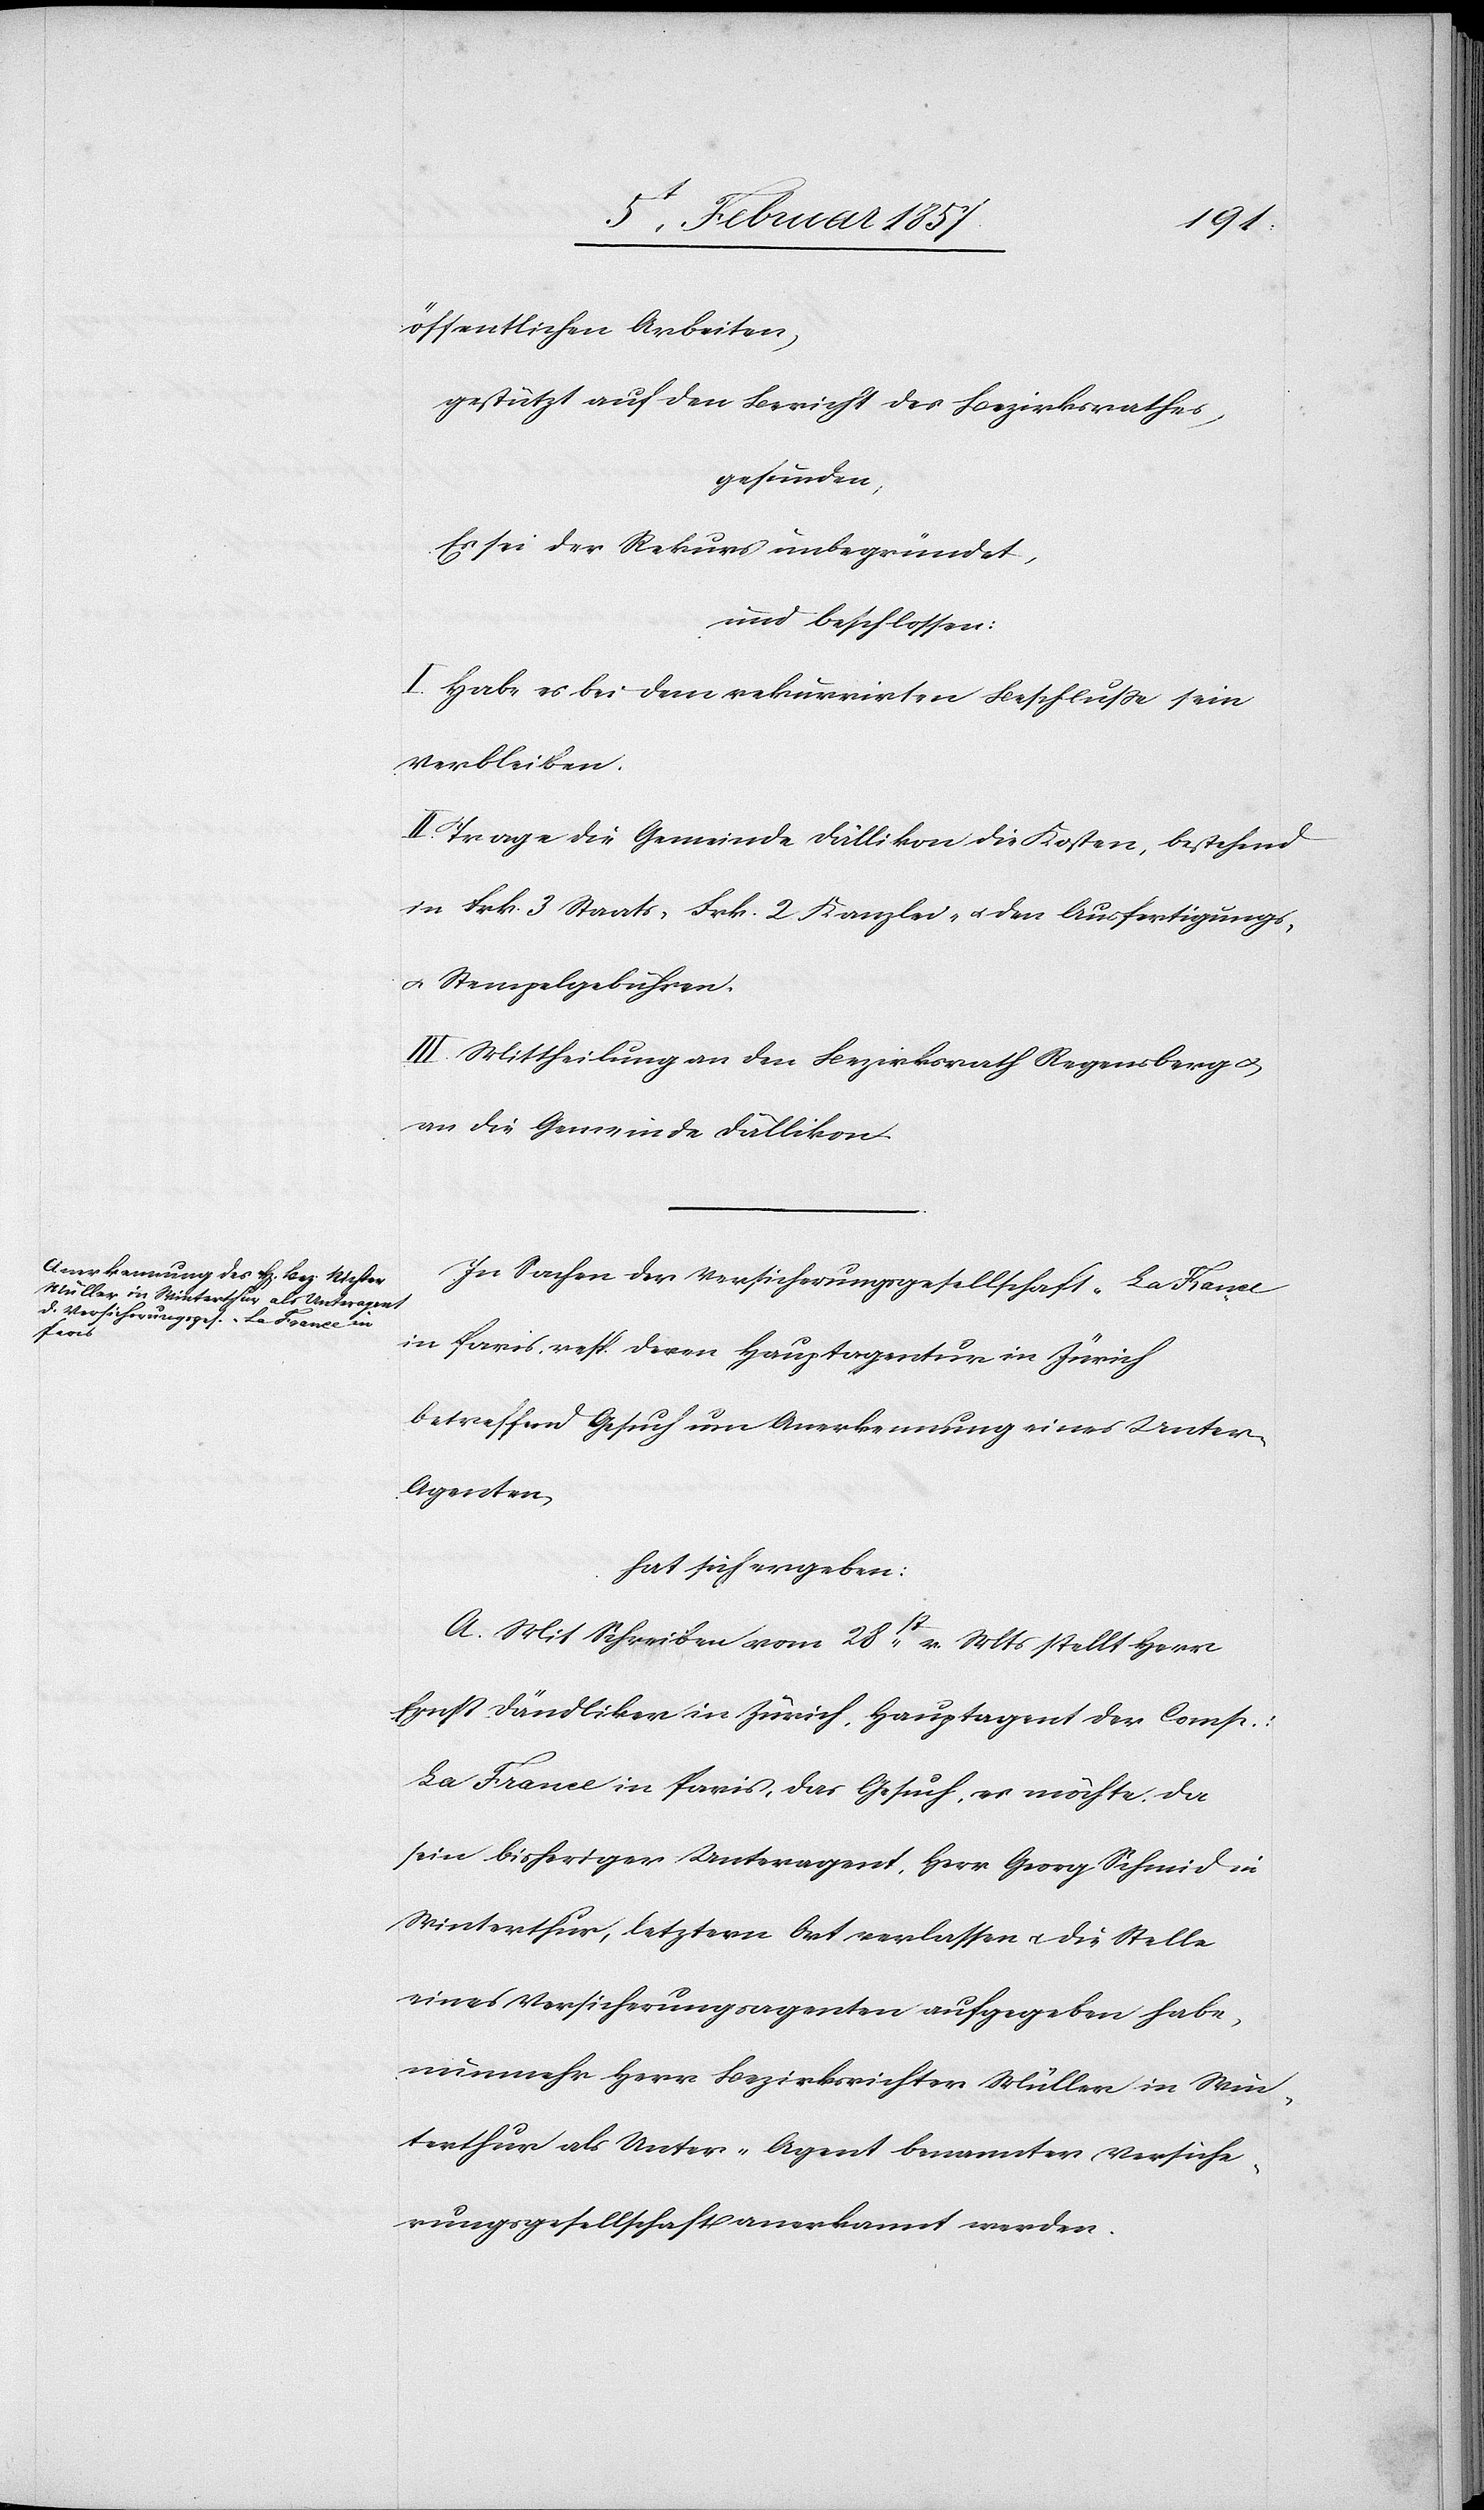
öffentlichen Arbeiten,
gestützt auf den Bericht des Bezirksrathes,
gefunden:
Es sei der Rekurs unbegründet,
und beschlossen:
I. Habe es bei dem rekurrirten Beschluße sein
Verbleiben.
II. Trage die Gemeinde Dällikon die Kosten, bestehend
in Frk. 3 Staats- Frk. 2 Kanzlei- u. den Ausfertigungs-
u. Stempelgebühren.
III. Mittheilung an den Bezirksrath Regensberg &
an die Gemeinde Dällikon.
In Sachen der Versicherungsgesellschaft „Le France“
in Paris, resp. deren Hauptagentur in Zürich
betreffend Gesuch um Anerkennung eines Unter-A¬
genten
hat sich ergeben:
A. Mit Schreiben vom 28st v. Mts stellt Herr
Ernst Dändliker in Zürich, Hauptagent der Comp.:
La France in Paris, das Gesuch, es möchte, da
sein bisheriger Unteragent, Herr Georg Schmid in
Winterthur, letztern Ort verlassen u. die Stelle
eines Versicherungsagenten aufgegeben habe,
nunmehr Herr Bezirksrichter Müller in Win¬
terthur als Unter-Agent benannter Versiche¬
rungsgesellschaft anerkannt werden.